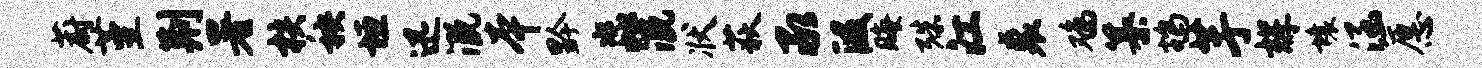
蔚堇荆署核秧垣迅溉本黔淼溉状荻承段晦殊江裘鸡纂鸪芋辉壤涵愿